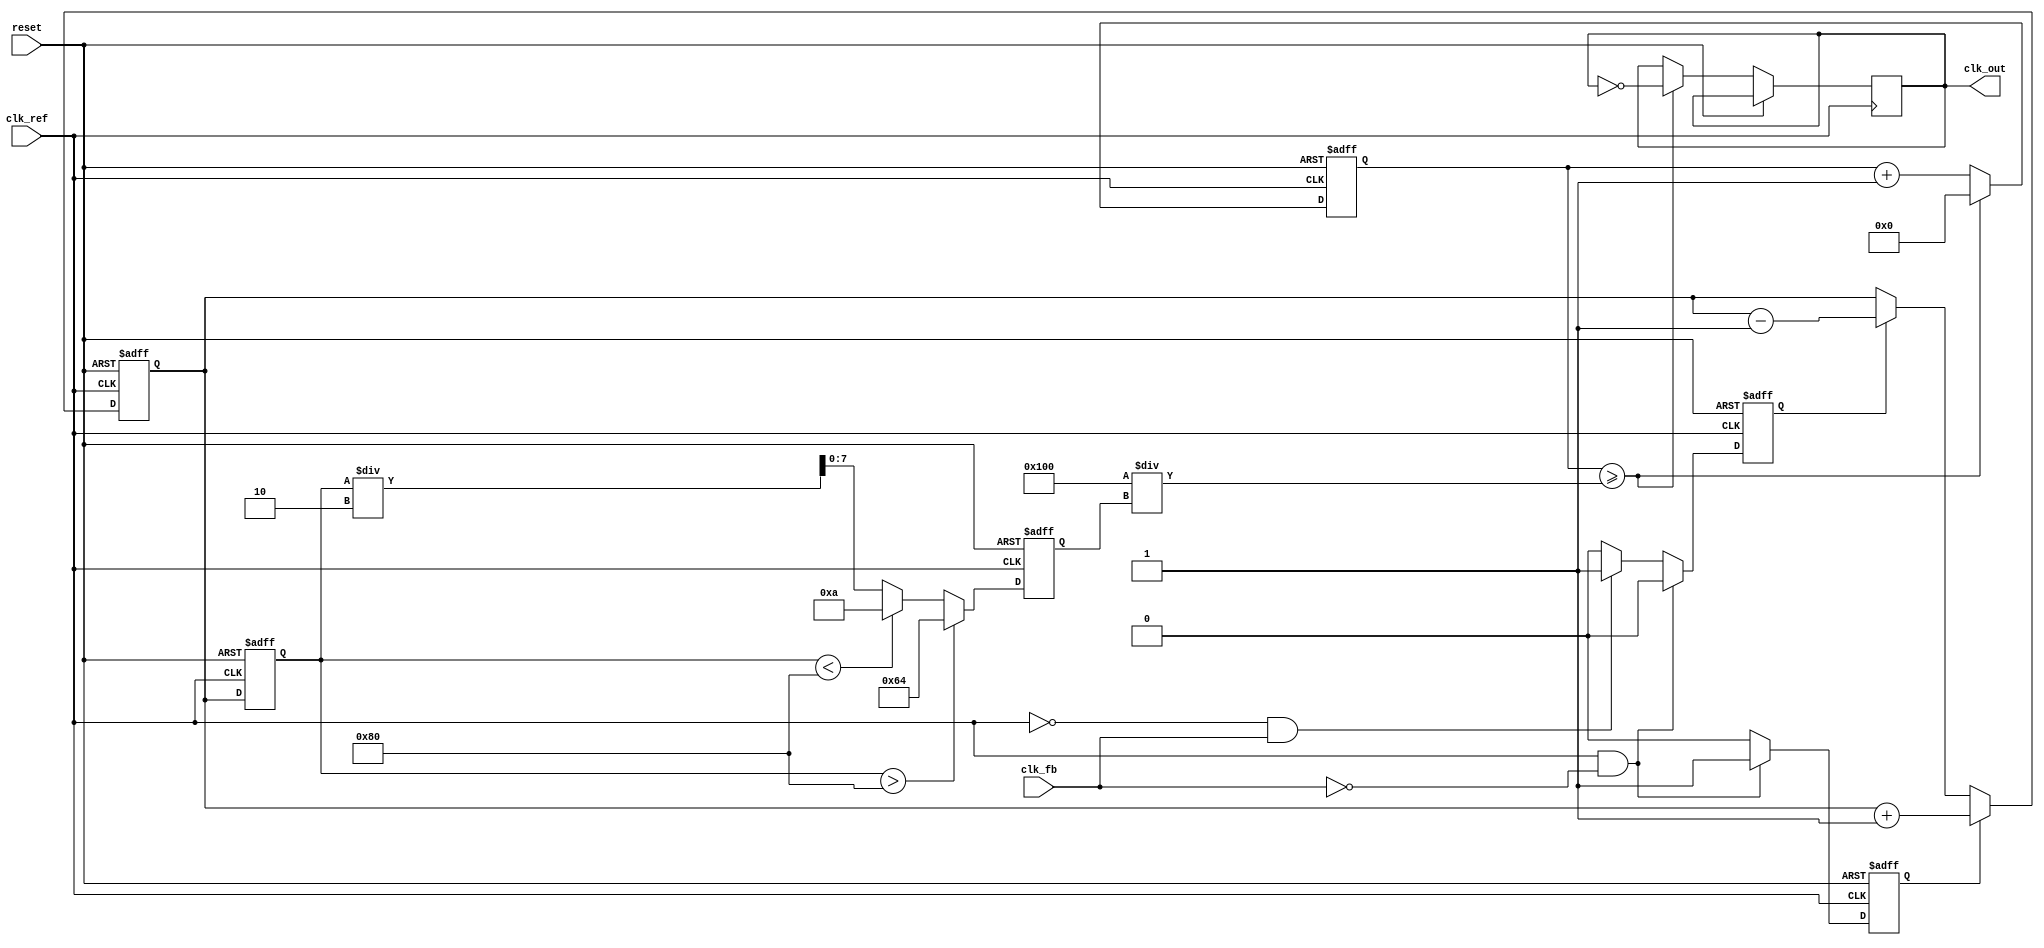
module cp_pll (
    input wire clk_ref,         // Reference clock input
    input wire clk_fb,          // Feedback clock input
    input wire reset,           // Asynchronous reset
    output wire clk_out         // Output clock from VCO
);

// Parameters
parameter CP_CURRENT = 1;     // Charge pump current (arbitrary units)
parameter VCO_MAX_FREQ = 100; // Maximum VCO frequency (arbitrary units)
parameter VCO_MIN_FREQ = 10;  // Minimum VCO frequency (arbitrary units)

// Internal signals
reg up, down;
reg [7:0] vco_control_voltage; // Control voltage for VCO
reg [7:0] vco_frequency;        // Current frequency of VCO
reg [7:0] loop_filter;          // Output of loop filter

// Phase Frequency Detector (PFD)
always @(posedge clk_ref or posedge reset) begin
    if (reset) begin
        up <= 0;
        down <= 0;
    end else begin
        if (clk_ref && !clk_fb) begin
            up <= 1;   // Reference clock is leading
            down <= 0;
        end else if (!clk_ref && clk_fb) begin
            up <= 0;
            down <= 1; // Feedback clock is leading
        end else begin
            up <= 0;
            down <= 0; // No phase difference
        end
    end
end

// Charge Pump (CP)
always @(posedge clk_ref or posedge reset) begin
    if (reset) begin
        loop_filter <= 0;
    end else begin
        if (up) begin
            loop_filter <= loop_filter + CP_CURRENT; // Source current
        end else if (down) begin
            loop_filter <= loop_filter - CP_CURRENT; // Sink current
        end
    end
end

// Loop Filter (simple integrator)
always @(posedge clk_ref or posedge reset) begin
    if (reset) begin
        vco_control_voltage <= 0;
    end else begin
        vco_control_voltage <= loop_filter; // Directly use loop filter output
    end
end

// Voltage-Controlled Oscillator (VCO)
always @(posedge clk_ref or posedge reset) begin
    if (reset) begin
        vco_frequency <= VCO_MIN_FREQ; // Initialize VCO frequency
    end else begin
        // Adjust VCO frequency based on control voltage
        if (vco_control_voltage > 128) begin
            vco_frequency <= VCO_MAX_FREQ; // Maximum frequency
        end else if (vco_control_voltage < 128) begin
            vco_frequency <= VCO_MIN_FREQ; // Minimum frequency
        end else begin
            vco_frequency <= (vco_control_voltage / 2); // Linear scaling
        end
    end
end

// Output clock generation based on VCO frequency
reg [7:0] clk_div_counter = 0;
always @(posedge clk_ref or posedge reset) begin
    if (reset) begin
        clk_div_counter <= 0;
    end else begin
        clk_div_counter <= clk_div_counter + 1;
        if (clk_div_counter >= (256 / vco_frequency)) begin
            clk_out <= ~clk_out; // Toggle output clock
            clk_div_counter <= 0;
        end
    end
end

endmodule